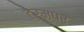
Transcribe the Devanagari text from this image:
ट्रम्पर